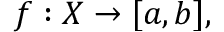
f : X \to [ a , b ] ,